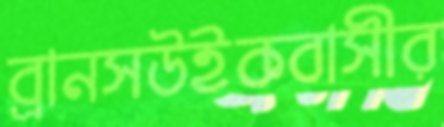
ব্রানসউইকবাসীর